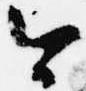
今